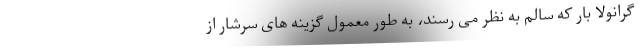
گرانولا بار که سالم به نظر می رسند، به طور معمول گزینه های سرشار از